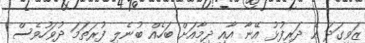
ޒަވިގަދަ އެ ދަރިފުޅު އޭނާ އާއި ދިމާއަށް ބަހެއް ބުނެލި ފުރަތަމަ ދުވަހުވެސް